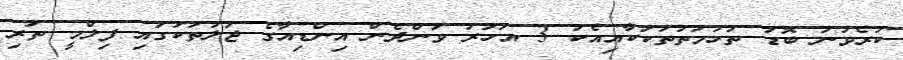
ކުރެވުނު ބޮޑު ތުހުމަތުތަކަކާއިއެކު 3 އަހަރު ވަންދެން އިންޑިއާގެ ޖަލުތަކުގައި ފިލްމީ ތަރި